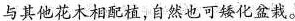
与其他花木相配植，自然也可矮化盆栽。